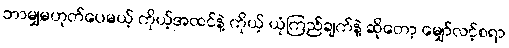
ဘာမျှမဟုတ်ပေမယ့် ကိုယ့်အထင်နဲ့ ကိုယ့် ယုံကြည်ချက်နဲ့ ဆိုတော့ မျှော်လင့်စရာ